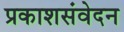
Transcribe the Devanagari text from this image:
प्रकाशसंवेदन